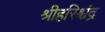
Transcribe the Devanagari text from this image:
श्रीहरिश्चंद्र